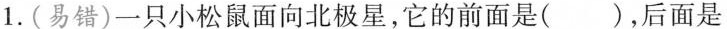
1.(易错)一只小松鼠面向北极星，它的前面是()，后面是